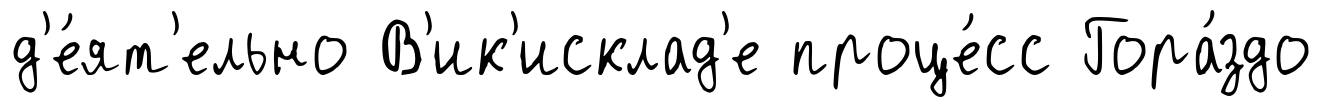
д'е́ят'ельно В'ик'исклад'е проце́сс Гора́здо